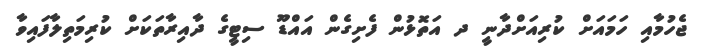
ޖެހުމާއި ހަމައަށް ކުރިއަށްދާނީ ދ އަތޮޅުން ފެށިގެން އައްޑޫ ސިޓީގެ ދާއިރާތަކަށް ކުރިމަތިލާފައިވާ